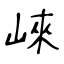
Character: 崍